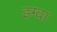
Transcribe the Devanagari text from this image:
झ्ग्वा